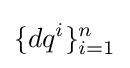
\{dq^{i}\}_{i=1}^{n}